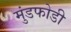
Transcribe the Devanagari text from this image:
मुंडफोडी